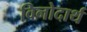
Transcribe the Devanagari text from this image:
विनोदार्थ